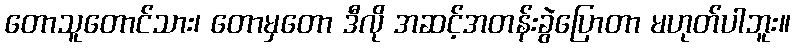
တောသူတောင်သား၊ တောမှတော ဒီလို အဆင့်အတန်းခွဲပြောတာ မဟုတ်ပါဘူး။